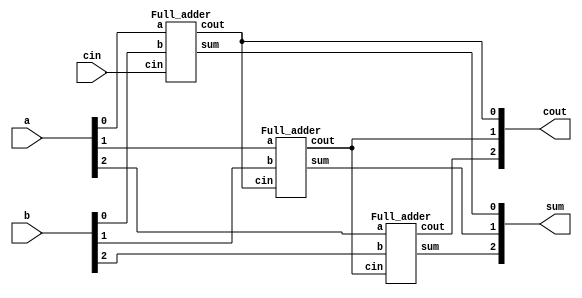
module top_module(
    input [2:0]a,b,
    input cin,
    output [2:0] cout,sum
);

Full_adder ins1( .a(a[0]), .b(b[0]), .cin(cin)    , .cout(cout[0]), .sum(sum[0]));
Full_adder ins2( .a(a[1]), .b(b[1]), .cin(cout[0]), .cout(cout[1]), .sum(sum[1]));
Full_adder ins3( .a(a[2]), .b(b[2]), .cin(cout[1]), .cout(cout[2]), .sum(sum[2]));
endmodule





module Full_adder(
    input a,b,cin,
    output cout,sum
);

assign {count,sum}=a+b+cin;
endmodule